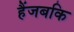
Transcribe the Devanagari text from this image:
हैंजबकि